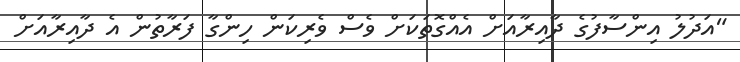
"އަދުލު އިންސާފުގެ ދާއިރާއަށް އެއްގޮތަކަށް ވެސް ވެރިކަން ހިންގާ ފަރާތުން އެ ދާއިރާއަށް